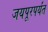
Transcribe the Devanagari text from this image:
जयपूरपर्यंत